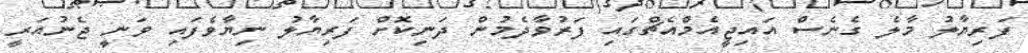
ފަރިޔާލު މާލެ ގެނެސް އައިޖީއެމްއެޗްގައި ފަރުވާދެމުން ދަނިކޮށް ފަރިޔާލު ނިޔާވެފައި ވަނީ ޖެނުއަރީ